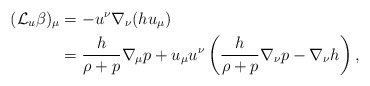
\begin{align*} (\mathcal{L}_u\beta)_\mu&=-u^\nu\nabla_\nu(hu_\mu)\\&=\frac{h}{\rho+p}\nabla_\mu p+u_\mu u^\nu\left(\frac{h}{\rho+p}\nabla_\nu p-\nabla_\nu h\right),\end{align*}